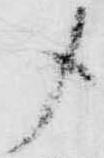
〆